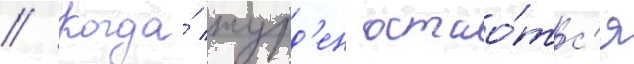
// Когда́ журд'ен остао́тс'я